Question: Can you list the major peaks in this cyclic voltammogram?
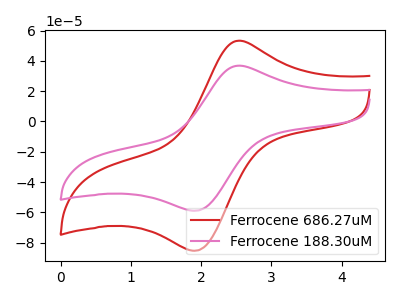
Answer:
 <answer>The red curve "Ferrocene 686.27uM" has an anodic peak at (2.50V, 53.25uA) and a cathodic peak at (1.90V, -85.40uA). The pink curve "Ferrocene 188.30uM" has an anodic peak at (2.50V, 36.80uA) and a cathodic peak at (1.90V, -59.00uA).</answer>
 <eval></eval>